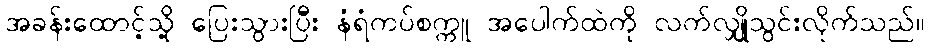
အခန်းထောင့်သို့ ပြေးသွားပြီး နံရံကပ်စက္ကူ အပေါက်ထဲကို လက်လျှိုသွင်းလိုက်သည်။